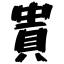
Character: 貴